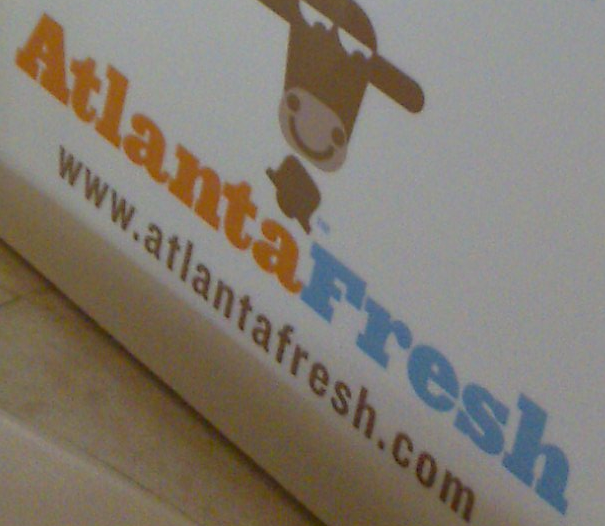
AtlantaFresh